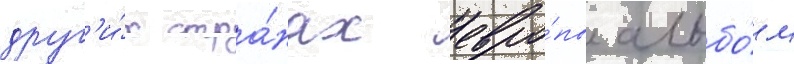
друг'и́х стра́нах евро́пы альбо́м